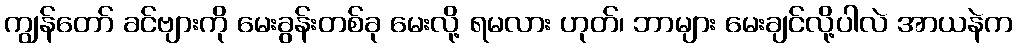
ကျွန်တော် ခင်ဗျားကို မေးခွန်းတစ်ခု မေးလို့ ရမလား ဟုတ်၊ ဘာများ မေးချင်လို့ပါလဲ အာယနဲက